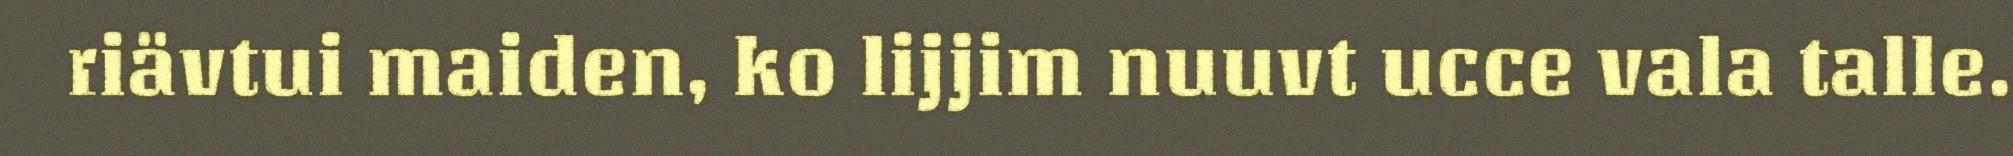
riävtui maiden, ko lijjim nuuvt ucce vala talle.